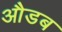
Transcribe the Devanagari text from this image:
औडब